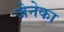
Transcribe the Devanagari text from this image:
जेनेका